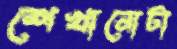
শেখানোটা